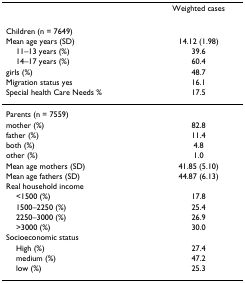
<table><thead><tr><td></td><td><b>Weighted cases</b></td></tr></thead><tbody><tr><td>Children (n = 7649)</td><td></td></tr><tr><td>Mean age years (SD)</td><td>14.12 (1.98)</td></tr><tr><td> 11–13 years (%)</td><td>39.6</td></tr><tr><td> 14–17 years (%)</td><td>60.4</td></tr><tr><td>girls (%)</td><td>48.7</td></tr><tr><td>Migration status yes</td><td>16.1</td></tr><tr><td>Special health Care Needs %</td><td>17.5</td></tr><tr><td>Parents (n = 7559)</td><td></td></tr><tr><td>mother (%)</td><td>82.8</td></tr><tr><td>father (%)</td><td>11.4</td></tr><tr><td>both (%)</td><td>4.8</td></tr><tr><td>other (%)</td><td>1.0</td></tr><tr><td>Mean age mothers (SD)</td><td>41.85 (5.10)</td></tr><tr><td>Mean age fathers (SD)</td><td>44.87 (6.13)</td></tr><tr><td>Real household income</td><td></td></tr><tr><td> &lt;1500 (%)</td><td>17.8</td></tr><tr><td> 1500–2250 (%)</td><td>25.4</td></tr><tr><td> 2250–3000 (%)</td><td>26.9</td></tr><tr><td> &gt;3000 (%)</td><td>30.0</td></tr><tr><td>Socioeconomic status</td><td></td></tr><tr><td> High (%)</td><td>27.4</td></tr><tr><td> medium (%)</td><td>47.2</td></tr><tr><td> low (%)</td><td>25.3</td></tr></tbody></table>